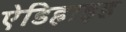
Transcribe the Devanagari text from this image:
ऐडिहाइड